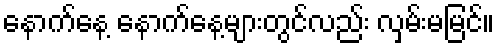
နောက်နေ့ နောက်နေ့များတွင်လည်း လှမ်းမမြင်။